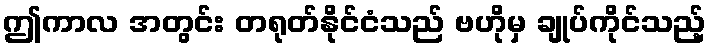
ဤကာလ အတွင်း တရုတ်နိုင်ငံသည် ဗဟိုမှ ချုပ်ကိုင်သည့်